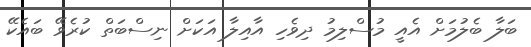
ބަލާ ބެލުމަށް އެއީ މުސްލިމު ދިވެހި އާއިލާ އަކަށް ނިސްބަތް ކުރެވޭ ބައެކޭ